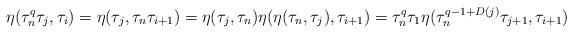
LaTeX: \begin{align*}\eta(\tau_n^q\tau_j, \tau_i)=\eta(\tau_j, \tau_n \tau_{i+1})=\eta(\tau_j, \tau_n) \eta(\eta(\tau_n, \tau_j), \tau_{i+1})=\tau_n^q \tau_1 \eta(\tau_n^{q-1+D(j)}\tau_{j+1},\tau_{i+1})\end{align*}